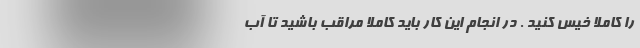
را کاملاً خیس کنید . در انجام این کار باید کاملاً مراقب باشید تا آب